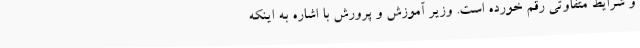
و شرایط متفاوتی رقم خورده است. وزیر آموزش و پرورش با اشاره به اینکه